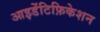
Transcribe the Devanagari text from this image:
आइडेंटिफ़िकेशन